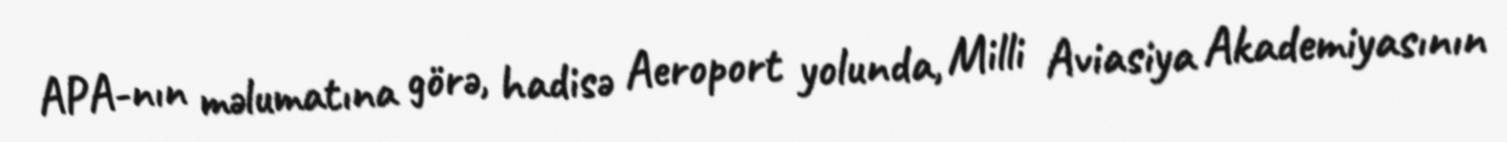
APA-nın məlumatına görə, hadisə Aeroport yolunda, Milli Aviasiya Akademiyasının